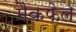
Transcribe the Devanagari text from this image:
मैकफेल